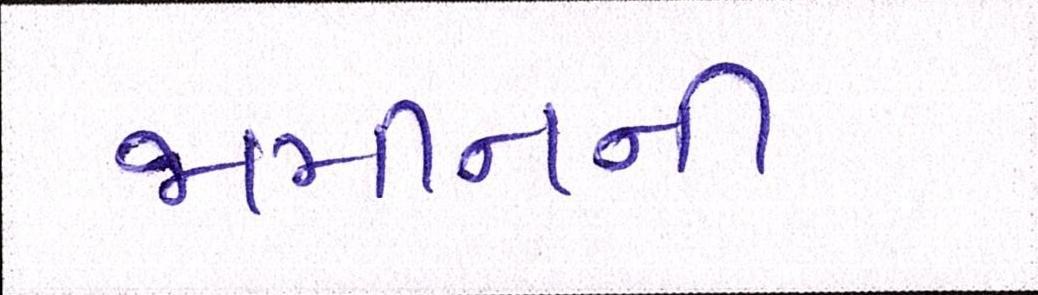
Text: જામીનની